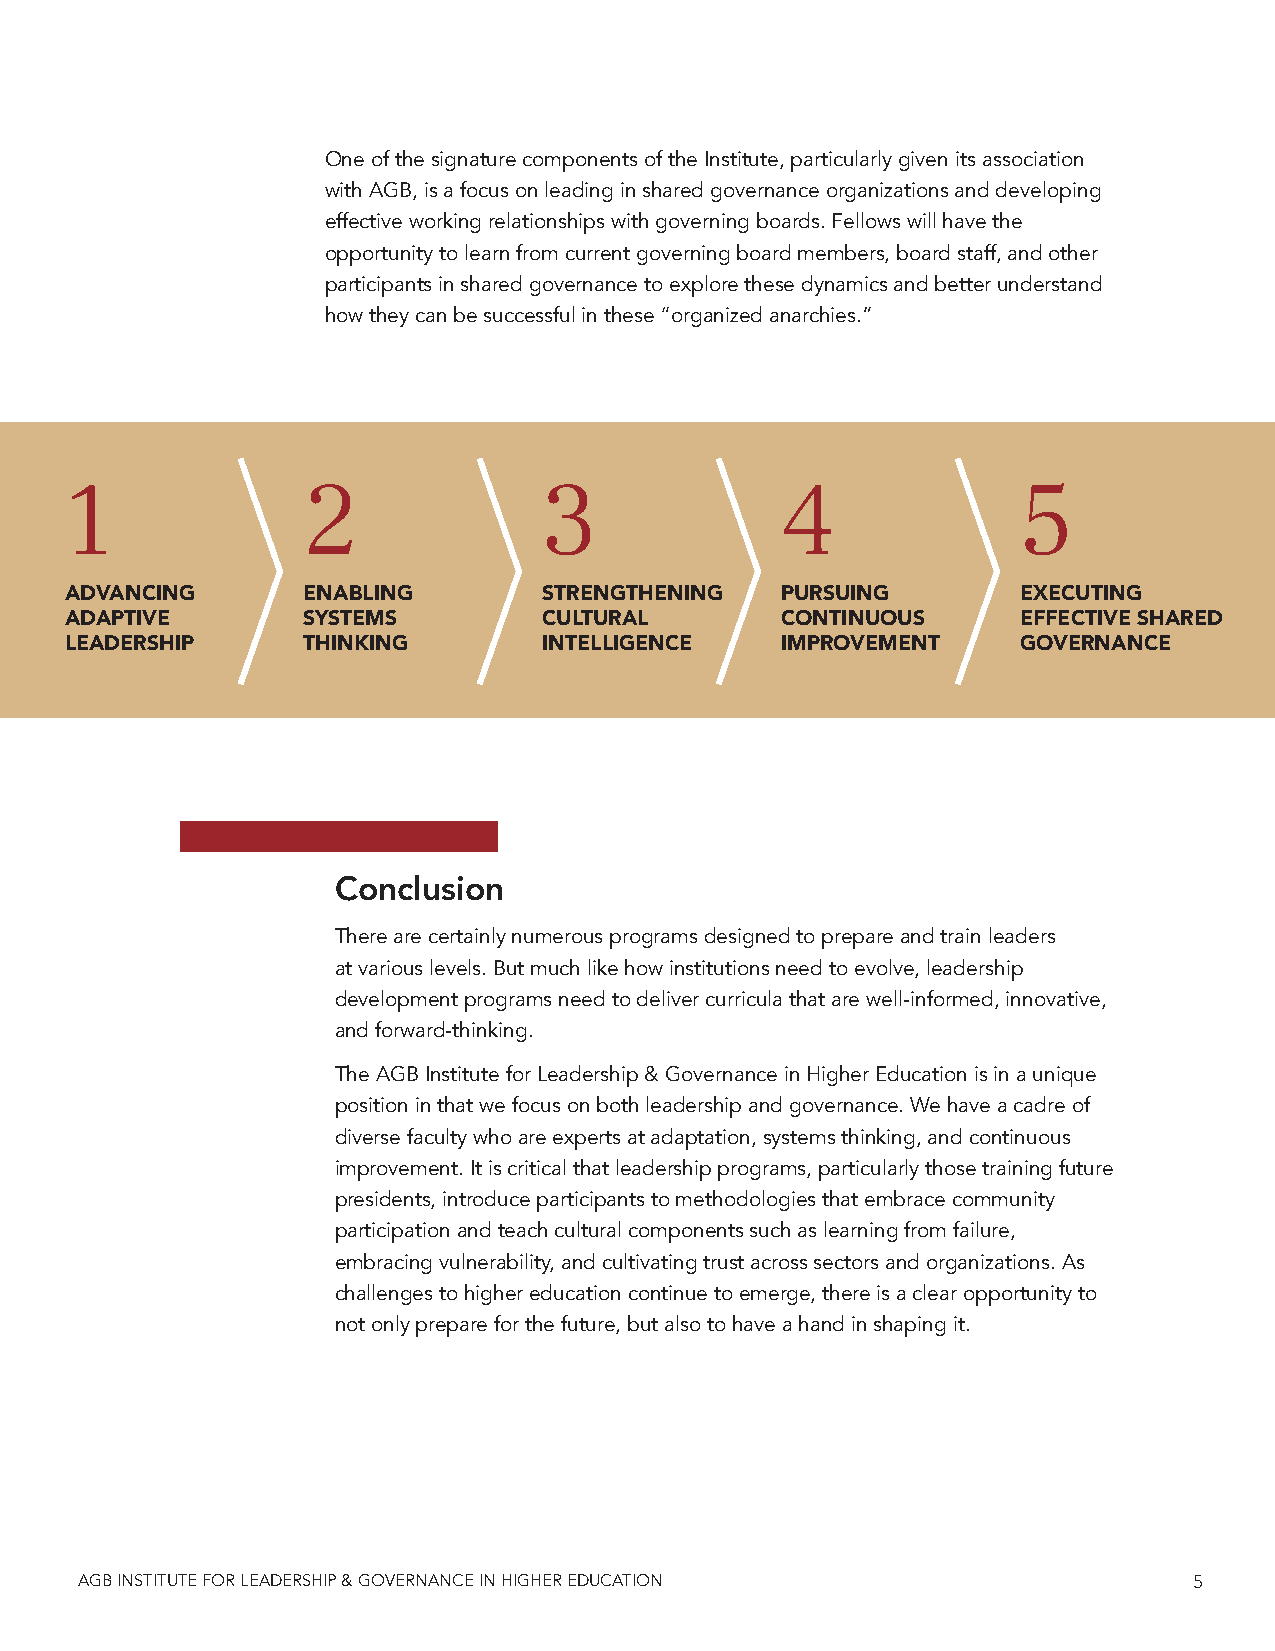
One of the signature components of the Institute, particularly given its association
 with AGB, is a focus on leading in shared governance organizations and developing
 effective working relationships with governing boards. Fellows will have the
 opportunity to learn from current governing board members, board staff, and other
 participants in shared governance to explore these dynamics and better understand
 how they can be successful in these “organized anarchies.”
 1               2               3               4               5
 ADVANCING       ENABLING        STRENGTHENING   PURSUING        EXECUTING
 ADAPTIVE        SYSTEMS         CULTURAL        CONTINUOUS      EFFECTIVE SHARED
 LEADERSHIP      THINKING        INTELLIGENCE    IMPROVEMENT     GOVERNANCE
 Conclusion
 There are certainly numerous programs designed to prepare and train leaders
 at various levels. But much like how institutions need to evolve, leadership
 development programs need to deliver curricula that are well-informed, innovative,
 and forward-thinking.
 The AGB Institute for Leadership & Governance in Higher Education is in a unique
 position in that we focus on both leadership and governance. We have a cadre of
 diverse faculty who are experts at adaptation, systems thinking, and continuous
 improvement. It is critical that leadership programs, particularly those training future
 presidents, introduce participants to methodologies that embrace community
 participation and teach cultural components such as learning from failure,
 embracing vulnerability, and cultivating trust across sectors and organizations. As
 challenges to higher education continue to emerge, there is a clear opportunity to
 not only prepare for the future, but also to have a hand in shaping it.
 AGB INSTITUTE FOR LEADERSHIP & GOVERNANCE IN HIGHER EDUCATION             5